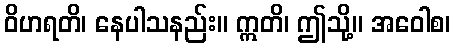
ဝိဟရတိ၊ နေပါသနည်း။ ဣတိ၊ ဤသို့။ အဝေါစ၊